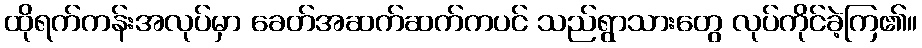
ထိုရက်ကန်းအလုပ်မှာ ခေတ်အဆက်ဆက်ကပင် သည်ရွာသားတွေ လုပ်ကိုင်ခဲ့ကြ၏။